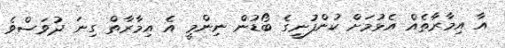
އާ އިމާރާތެއް އެޅުމަށް ކުންފުނީގެ ބޯޑުން ނިންމީ އެ އިމާރާތް ގިނަ ދުވަސްވެ